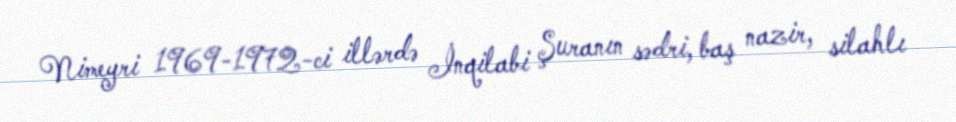
Nimeyri 1969-1972-ci illərdə İnqilabi Şuranın sədri, baş nazir, silahlı